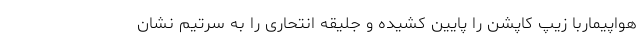
هواپیماربا زیپ کاپشن را پایین کشیده و جلیقه انتحاری را به سرتیم نشان